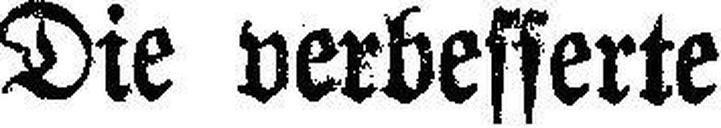
Die verbesserte